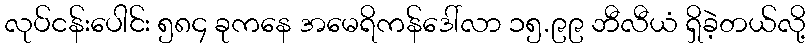
လုပ်ငန်းပေါင်း ၅၈၄ ခုကနေ အမေရိကန်ဒေါ်လာ ၁၅.၉၉ ဘီလီယံ ရှိခဲ့တယ်လို့